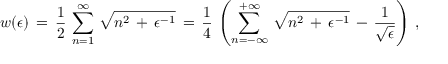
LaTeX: w ( \epsilon ) \, = \, \frac { 1 } { 2 } \, \sum _ { n = 1 } ^ { \infty } \, \sqrt { n ^ { 2 } \, + \, \epsilon ^ { - 1 } } \, = \, \frac { 1 } { 4 } \, \left( \sum _ { n = - \infty } ^ { + \infty } \, \sqrt { n ^ { 2 } \, + \, \epsilon ^ { - 1 } } \, - \, \frac { 1 } { \sqrt { \epsilon } } \right) \, { , }